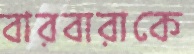
বারবারাকে